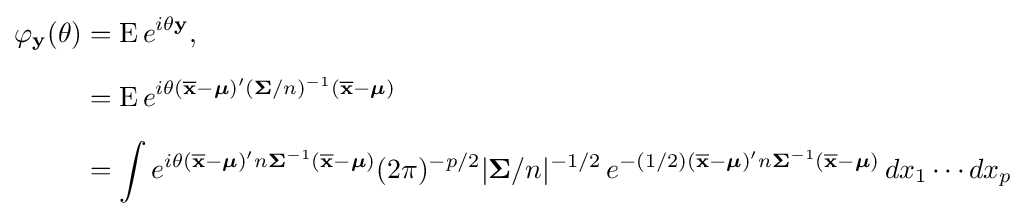
{\begin{aligned}\varphi _{\mathbf {y} }(\theta )&=\operatorname {E} e^{i\theta \mathbf {y} },\\[5pt]&=\operatorname {E} e^{i\theta ({\overline {\mathbf {x} }}-{\boldsymbol {\mu }})'({\mathbf {\Sigma } }/n)^{-1}({\overline {\mathbf {x} }}-{\boldsymbol {\mathbf {\mu } }})}\\[5pt]&=\int e^{i\theta ({\overline {\mathbf {x} }}-{\boldsymbol {\mu }})'n{\mathbf {\Sigma } }^{-1}({\overline {\mathbf {x} }}-{\boldsymbol {\mathbf {\mu } }})}(2\pi )^{-p/2}|{\boldsymbol {\Sigma }}/n|^{-1/2}\,e^{-(1/2)({\overline {\mathbf {x} }}-{\boldsymbol {\mu }})'n{\boldsymbol {\Sigma }}^{-1}({\overline {\mathbf {x} }}-{\boldsymbol {\mu }})}\,dx_{1}\cdots dx_{p}\end{aligned}}